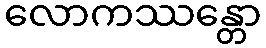
လောကဿန္တော